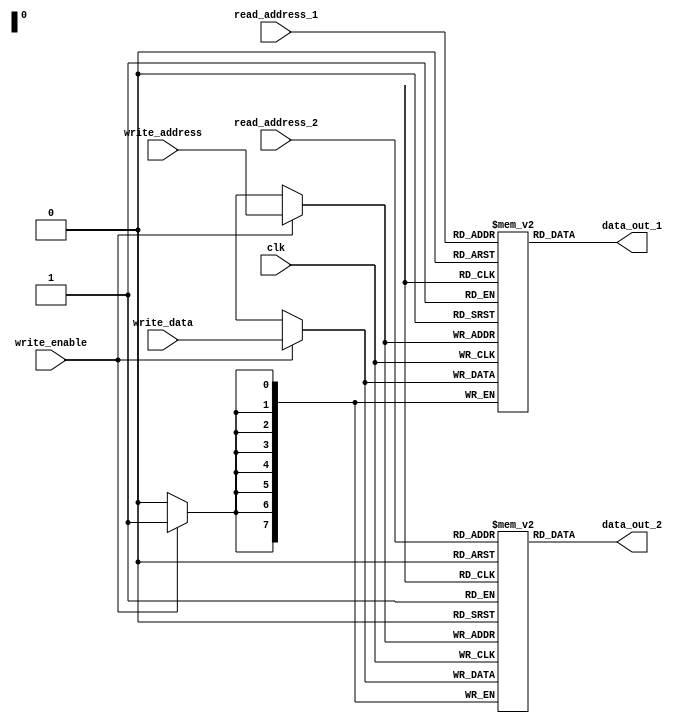
module register_file (
    input wire clk,
    input wire [7:0] read_address_1,
    input wire [7:0] read_address_2,
    input wire [7:0] write_address,
    input wire [7:0] write_data,
    input wire write_enable,
    output reg [7:0] data_out_1,
    output reg [7:0] data_out_2
);

reg [7:0] memory_block_1 [0:255];
reg [7:0] memory_block_2 [0:255];

always @(posedge clk) begin
    if (write_enable) begin
        memory_block_1[write_address] <= write_data;
        memory_block_2[write_address] <= write_data;
    end
end

assign data_out_1 = memory_block_1[read_address_1];
assign data_out_2 = memory_block_2[read_address_2];

endmodule